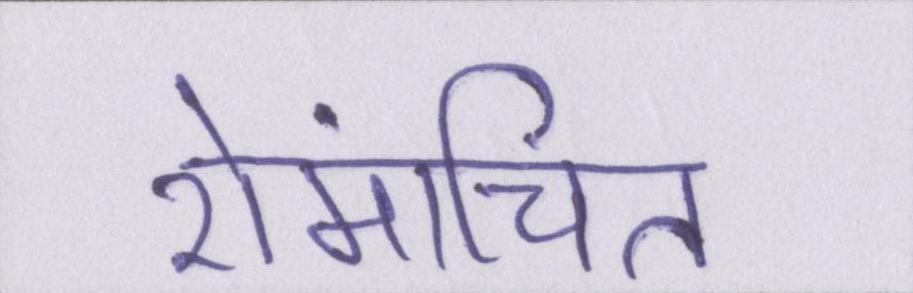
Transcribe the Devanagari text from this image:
रोमांचित